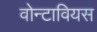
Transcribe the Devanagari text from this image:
वोन्टावियस